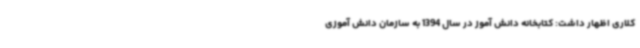
کلاری اظهار داشت: کتابخانه دانش آموز در سال 1394 به سازمان دانش آموزی